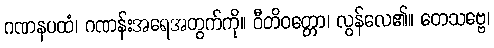
ဂဏနပထံ၊ ဂဏန်းအရေအတွက်ကို။ ဝီတိဝတ္တော၊ လွန်လေ၏။ တေသဗ္ဗေ၊